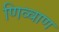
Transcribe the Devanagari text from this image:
णिव्वाण